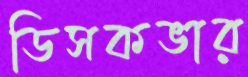
ডিসকভার